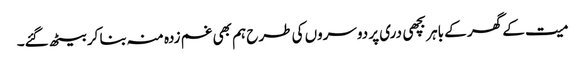
میت کے گھر کے باہر بچھی دری پر دوسروں کی طرح ہم بھی غم زدہ منہ بنا کر بیٹھ گئے۔